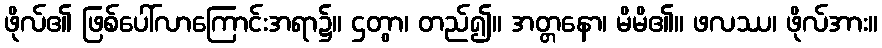
ဖိုလ်၏ ဖြစ်ပေါ်လာကြောင်းအရာ၌။ ဌတွာ၊ တည်၍။ အတ္တနော၊ မိမိ၏။ ဖလဿ၊ ဖိုလ်အား။